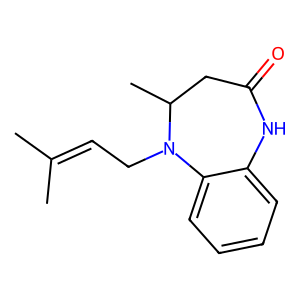
SMILES: CC(C)=CCN1c2ccccc2NC(=O)CC1C
Inhibits HIV replication: Yes